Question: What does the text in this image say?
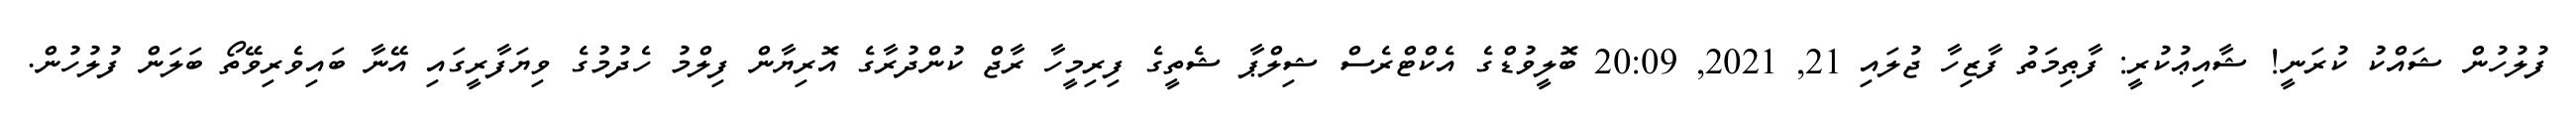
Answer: ފުލުހުން ޝައްކު ކުރަނީ! ޝާއިޢުކުރީ: ފާޠިމަތު ފާޒިހާ ޖުލައި 21, 2021, 20:09 ބޮލީވުޑްގެ އެކްޓްރެސް ޝިލްޕާ ޝެތީގެ ފިރިމީހާ ރާޖް ކުންދުރާގެ އޮރިޔާން ފިލްމު ހެދުމުގެ ވިޔަފާރީގައި އޭނާ ބައިވެރިވޭތޯ ބަލަން ފުލުހުން.